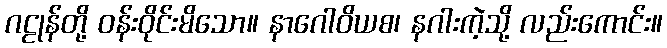
ဂဠုန်တို့ ဝန်းဝိုင်းမိသော။ နာဂေါဝိယစ၊ နဂါးကဲ့သို့ လည်းကောင်း။